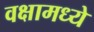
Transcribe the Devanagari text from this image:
वक्षामध्ये